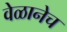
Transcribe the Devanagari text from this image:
वेळानेच